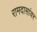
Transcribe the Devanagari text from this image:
रामदासांवर